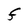
Character: F